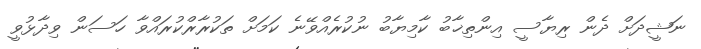
ނަޝީދަށް ދެން ރިޔާސީ އިންތިޚާބު ކާމިޔާބު ނުކުރެއްވޭނެ ކަމަށް ތަކުރާރްކުރައްވާ ހަސަން ވިދާޅުވީ